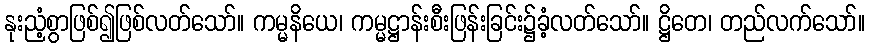
နုးညံ့စွာဖြစ်၍ဖြစ်လတ်သော်။ ကမ္မနိယေ၊ ကမ္မဋ္ဌာန်းစီးဖြန်းခြင်း၌ခံ့လတ်သော်။ ဋ္ဌိတေ၊ တည်လက်သော်။